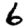
Digit: 6